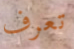
تعرف